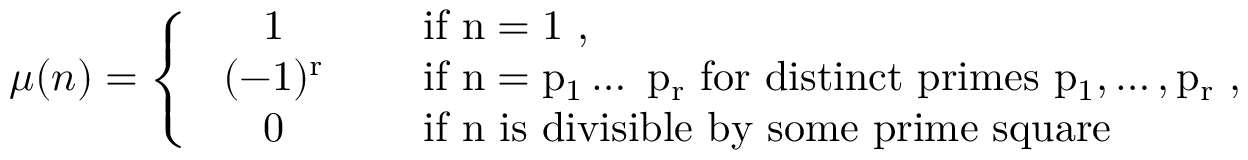
\begin{array} { r } { \mu ( n ) = \left\{ \begin{array} { c l } { \mathrm { ~ 1 ~ } } & { \quad \mathrm { i f ~ n = 1 ~ , } } \\ { \mathrm { ~ ( - 1 ) ^ r ~ } } & { \quad \mathrm { i f ~ n = p _ 1 \ldots ~ p _ r ~ f o r ~ d i s t i n c t ~ p r i m e s ~ p _ 1 , \ldots , p _ r ~ , } } \\ { \mathrm { ~ 0 ~ } } & { \quad \mathrm { i f ~ n ~ i s ~ d i v i s i b l e ~ b y ~ s o m e ~ p r i m e ~ s q u a r e } } \end{array} \right. } \end{array}